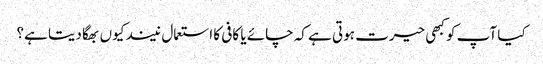
کیا آپ کو کبھی حیرت ہوتی ہے کہ چائے یا کافی کا استعمال نیند کیوں بھگا دیتا ہے؟